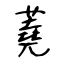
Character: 蕘